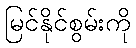
မြင်နိုင်စွမ်းကို